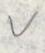
v